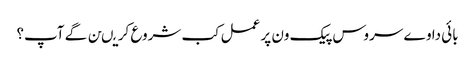
بائی دا وے سروس پیک ون پر عمل کب شروع کریںن گے آپ؟